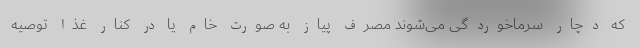
که دچار سرماخوردگی می‌شوند مصرف پیاز به صورت خام یا در کنار غذا توصیه